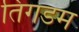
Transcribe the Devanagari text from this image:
तिगडम